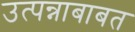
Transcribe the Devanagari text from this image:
उत्पन्नाबाबत